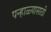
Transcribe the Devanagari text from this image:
पन्हाळ्यासाठी